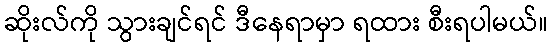
ဆိုးလ်ကို သွားချင်ရင် ဒီနေရာမှာ ရထား စီးရပါမယ်။